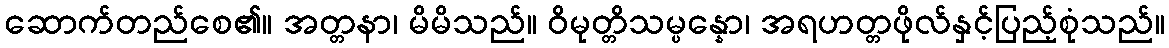
ဆောက်တည်စေ၏။ အတ္တနာ၊ မိမိသည်။ ဝိမုတ္တိသမ္ပန္နော၊ အရဟတ္တဖိုလ်နှင့်ပြည့်စုံသည်။